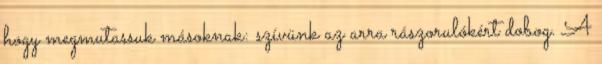
hogy megmutassuk másoknak: szívünk az arra rászorulókért dobog. A